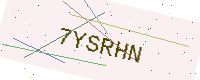
Text: 7YSRHN